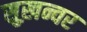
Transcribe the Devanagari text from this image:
सुख़न्वर